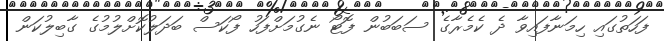
ފަހަތުގައި ހިމަނާފައިވާ ދެ ކެމެރާގެ ސަބަބުން ފޮޓޯ ނެގުމަށްފަހު ފޯކަސް ބަދަލުކޮށްލުމުގެ ގާބިލުކަން